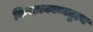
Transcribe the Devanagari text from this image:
किरातकाव्यतुल्य